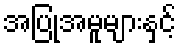
အပြုအမူများနှင့်